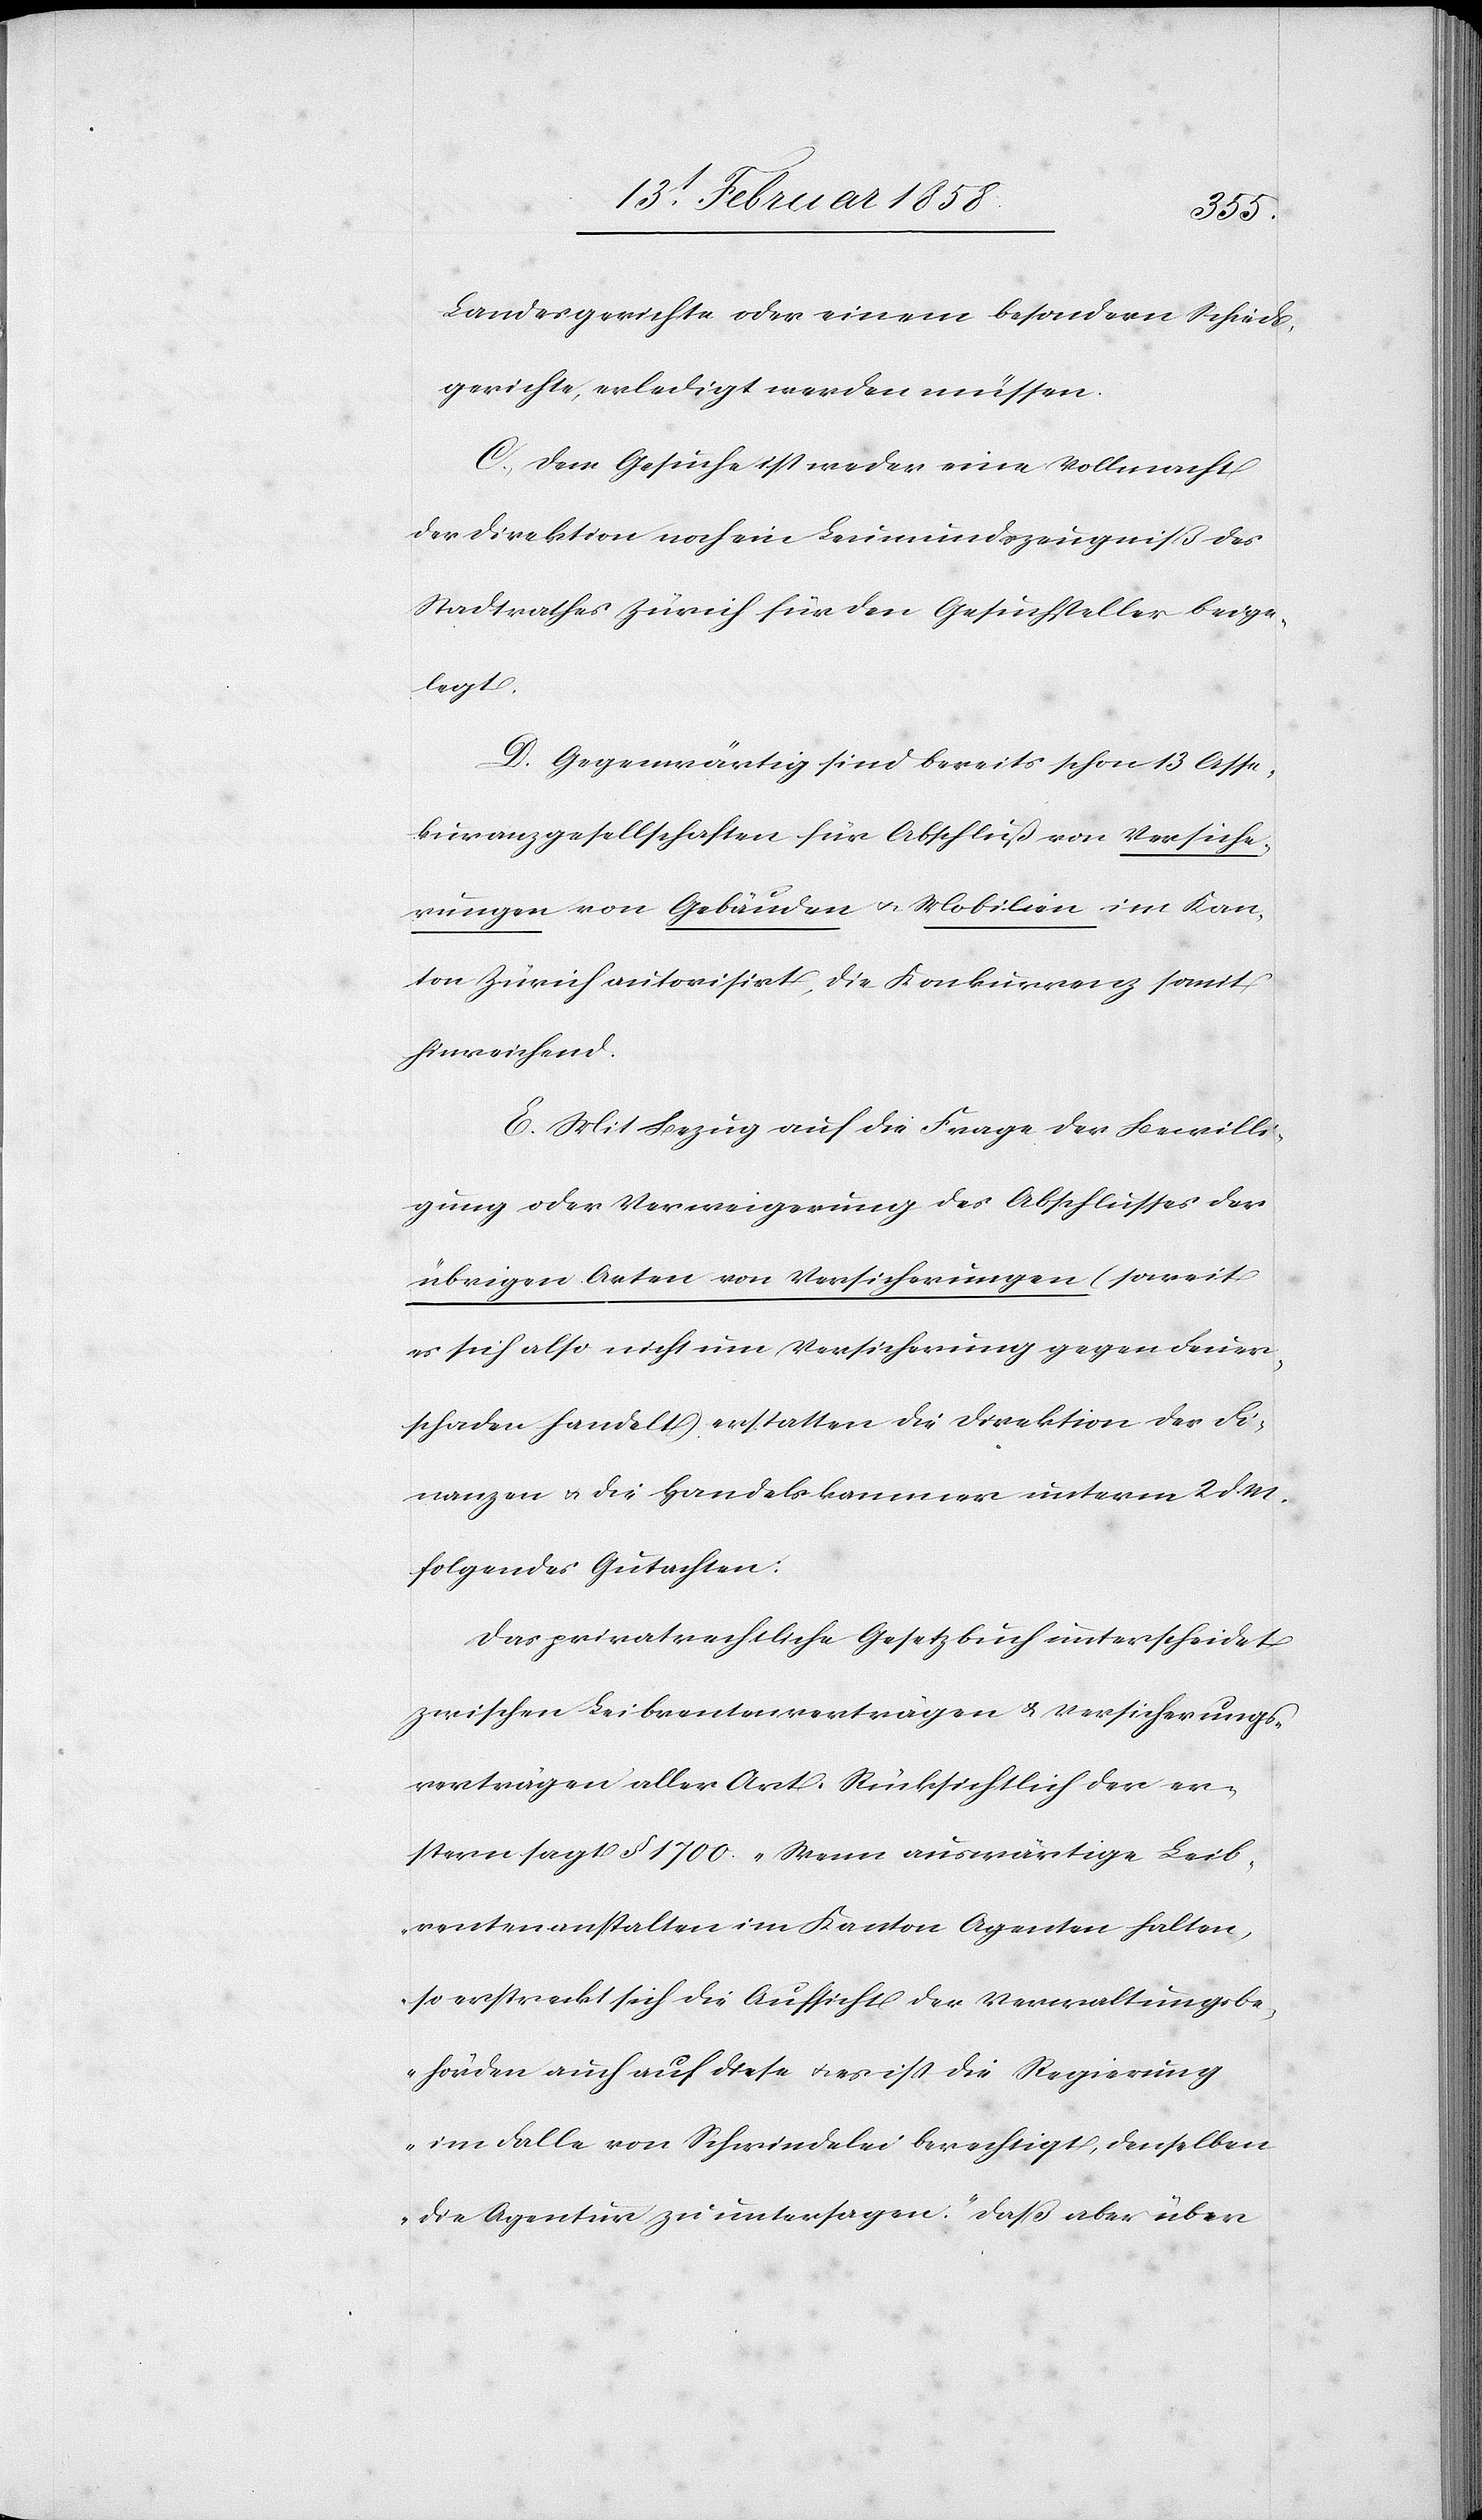
Landesgerichte oder einem besondern Schieds¬
gerichte, erledigt werden müssen.
C. Dem Gesuche ist weder eine Vollmacht
der Direktion noch ein Leumundszeugniß des
Stadtrathes Zürich für den Gesuchsteller beige¬
legt.
D. Gegenwärtig sind bereits schon 13 Asse¬
kuranzgesellschaften für Abschluß von Versiche¬
rungen von Gebäuden u. Mobilien im Kan¬
ton Zürich autorisirt, die Konkurrenz somit
hinreichend.
E. Mit Bezug auf die Frage der Bewilli¬
gung oder Verweigerung des Abschlusses der
übrigen Arten von Versicherungen (soweit
es sich also nicht um Versicherung gegen Feuer¬
schaden handelt) erstatten die Direktion der Fi¬
nanzen u. die Handelskammer unterm 2 d. M
folgendes Gutachten:
Das privatrechtliche Gesetzbuch unterscheidet
zwischen Leibrentenverträgen u. Versicherungs¬
verträgen aller Art. Rücksichtlich der er¬
stern sagt § 1700 „Wenn auswärtige Leib¬
rentenanstalten im Kanton Agenten halten,
so erstreckt sich die Aufsicht der Verwaltungsbe¬
hörden auch auf diese u. es ist die Regierung
im Falle von Schwindelei berechtigt, denselben
die Agentur zu untersagen.“ Daß aber über